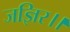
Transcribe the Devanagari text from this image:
जज्ञिर।।